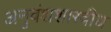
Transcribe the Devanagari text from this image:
अनुवंशशास्त्रीय